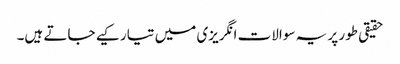
حقیقی طور پر یہ سوالات انگریزی میں تیار کیے جاتے ہیں۔